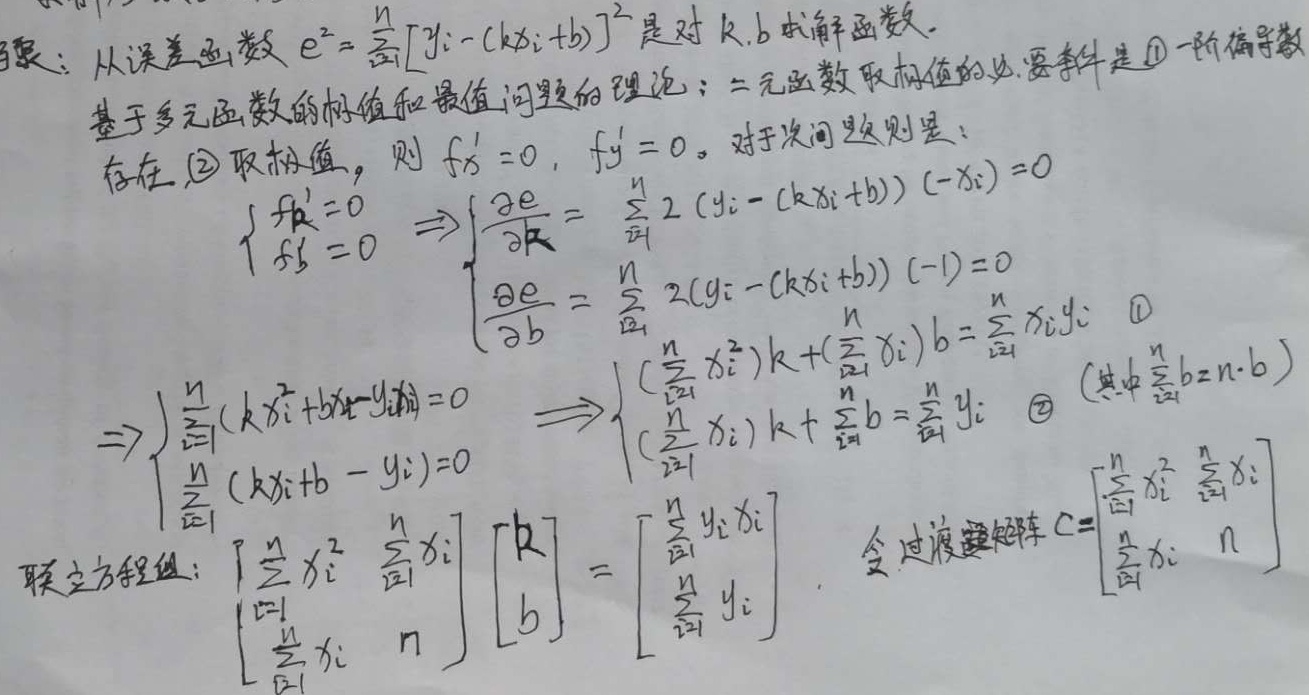
思路：从误差函数 \(e^{2}=\sum_{i = 1}^{n}[y_{i}-(kx_{i}+b)]^{2}\) 是对 \(k,b\) 求解函数。基于多元函数的极值和最值问题的理论：二元函数取极值的必要条件是
\textcircled{1} 一阶偏导数存在，
\textcircled{2} 取极值，则 \(f_{x}' = 0\)，\(f_{y}' = 0\)。对于此问题则是：
\(\begin{cases}f_{k}'=0 \\f_{b}' = 0\end{cases}\Rightarrow\begin{cases}\frac{\partial e}{\partial k}=\sum_{i = 1}^{n}2(y_{i}-(kx_{i}+b))(-x_{i}) = 0\\\frac{\partial e}{\partial b}=\sum_{i = 1}^{n}2(y_{i}-(kx_{i}+b))(-1)=0\end{cases}\)
\(\Rightarrow\begin{cases}\sum_{i = 1}^{n}(kx_{i}^{2}+bx_{i}-y_{i}x_{i}) = 0\\\sum_{i = 1}^{n}(kx_{i}+b - y_{i})=0\end{cases}\Rightarrow\begin{cases}(\sum_{i = 1}^{n}x_{i}^{2})k+(\sum_{i = 1}^{n}x_{i})b=\sum_{i = 1}^{n}x_{i}y_{i} &\textcircled{1}\\(\sum_{i = 1}^{n}x_{i})k+\sum_{i = 1}^{n}b=\sum_{i = 1}^{n}y_{i} &\textcircled{2} (\text{其中}\sum_{i = 1}^{n}b=n\cdot b)\end{cases}\)
联立方程组：
\(\begin{bmatrix}\sum_{i = 1}^{n}x_{i}^{2}&\sum_{i = 1}^{n}x_{i}\\\sum_{i = 1}^{n}x_{i}&n\end{bmatrix}\begin{bmatrix}k\\b\end{bmatrix}=\begin{bmatrix}\sum_{i = 1}^{n}y_{i}x_{i}\\\sum_{i = 1}^{n}y_{i}\end{bmatrix}\)。
令过渡矩阵 \(C = \begin{bmatrix}\sum_{i = 1}^{n}x_{i}^{2}&\sum_{i = 1}^{n}x_{i}\\\sum_{i = 1}^{n}x_{i}&n\end{bmatrix}\)